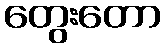
တွေးတော